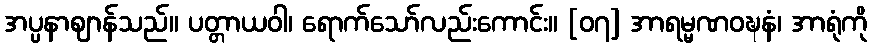
အပ္ပနာဈာန်သည်။ ပတ္တာယဝါ၊ ရောက်သော်လည်းကောင်း။ [၀၇] အာရမ္မဏဝဍ္ဎနံ၊ အာရုံကို